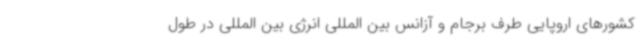
کشورهای اروپایی طرف برجام و آزانس بین المللی انرژی بین المللی در طول